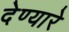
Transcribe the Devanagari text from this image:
देण्यारे